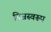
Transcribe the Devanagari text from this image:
निजस्वरूप